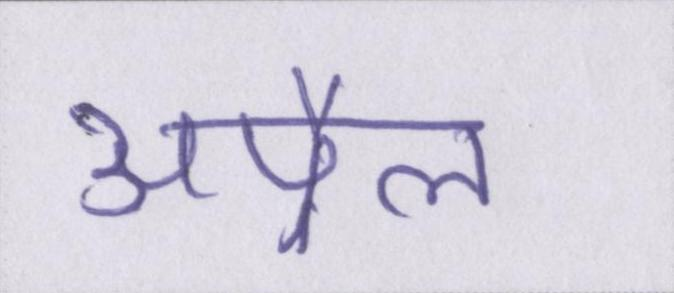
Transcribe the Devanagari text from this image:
अप्रैल